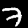
Label: 7